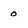
Character: o